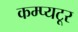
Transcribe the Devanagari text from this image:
कम्प्यटूर